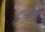
૮૨૭